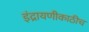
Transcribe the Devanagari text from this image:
इंद्रायणीकाठीच